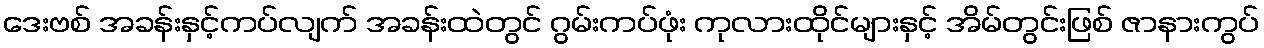
ဒေးဗစ် အခန်းနှင့်ကပ်လျက် အခန်းထဲတွင် ဂွမ်းကပ်ဖုံး ကုလားထိုင်များနှင့် အိမ်တွင်းဖြစ် ဇာနားကွပ်